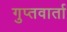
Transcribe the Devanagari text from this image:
गुप्तवार्ता